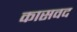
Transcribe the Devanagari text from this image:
कासवद